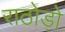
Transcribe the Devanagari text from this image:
राठोड़ो